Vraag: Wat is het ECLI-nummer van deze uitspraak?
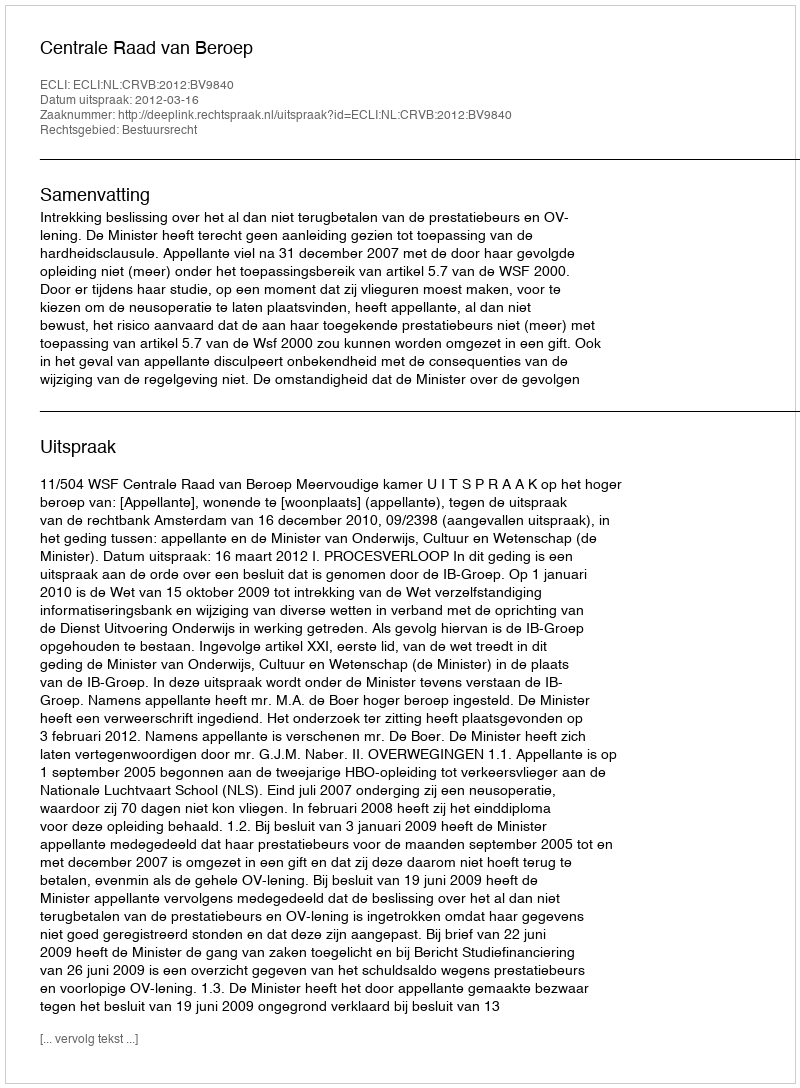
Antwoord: ECLI:NL:CRVB:2012:BV9840